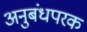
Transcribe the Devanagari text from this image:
अनुबंधपरक